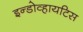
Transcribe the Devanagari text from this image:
इन्डोव्हायटिस